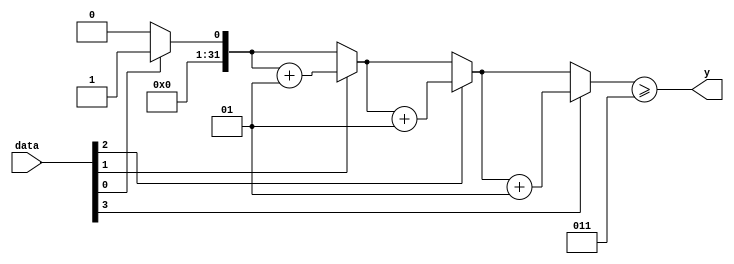
/*
module majority (data, y);
	input [3:0] data;
	output y;
	reg y;
	
	always @ (*) begin
		case (data)
			7, 11, 13, 14: y = 1;
			15: y = 1;
			default: y = 0;
		endcase
	end
endmodule
*/
module majority(data, y);
	parameter SIZE = 4;
	localparam MAJORITY = SIZE/2 + 1;
	input [SIZE-1: 0] data;
	output y;
	reg y;
	
	integer count, k;
	
	always @ (data) begin
		count = 0;
		for (k = 0; k < SIZE; k = k + 1) begin
			if (data[k]) count = count + 1;
		end
		y = count >= MAJORITY;
	end
endmodule